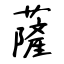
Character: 薩